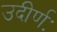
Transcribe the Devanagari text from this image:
उदीर्णः